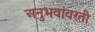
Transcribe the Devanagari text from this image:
अनुभवांवरती